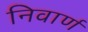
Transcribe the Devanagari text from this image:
निवार्ण